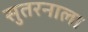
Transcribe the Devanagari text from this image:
सुतरनाला